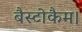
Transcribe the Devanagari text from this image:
बैस्टोकैम।